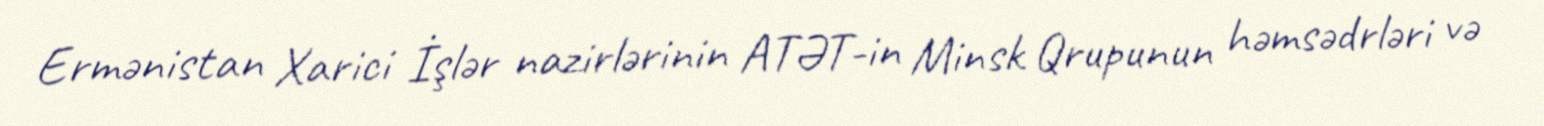
Ermənistan Xarici İşlər nazirlərinin ATƏT-in Minsk Qrupunun həmsədrləri və